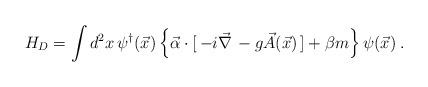
LaTeX: \begin{align*}H_D = \int d^2x \, \psi^{\dagger}(\vec{x}) \left\{ \vec{\alpha} \cdot [ \, -i \vec{\nabla} \, - g \vec{A}(\vec{x}) \,] + \beta m \right\} \psi(\vec{x}) \; .\end{align*}